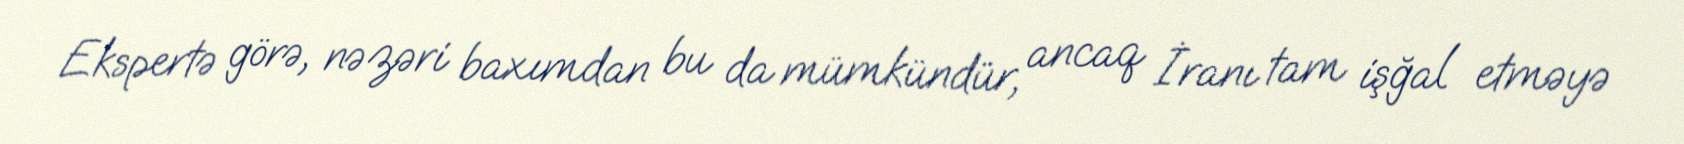
Ekspertə görə, nəzəri baxımdan bu da mümkündür, ancaq İranı tam işğal etməyə